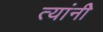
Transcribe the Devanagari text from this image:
त्यांनीेे